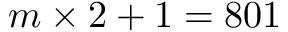
m \times 2 + 1 = 8 0 1